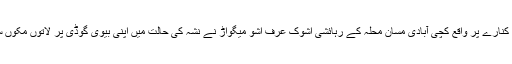
تفصیلات کے مطابق بدین شہر کے وسط سے گزرنے والی نہر کے کنارے پر واقع کچی آبادی مسان محلہ کے رہائشی اشوک عرف اشو میگواڑ نے نشہ کی حالت میں اپنی بیوی گوڈی پر لاتوں مکوں سے تشدد کرتے ہوئے گلے میں ڈپٹہ ڈال کر مارنے کی کوشش کی ۔